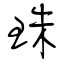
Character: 珠